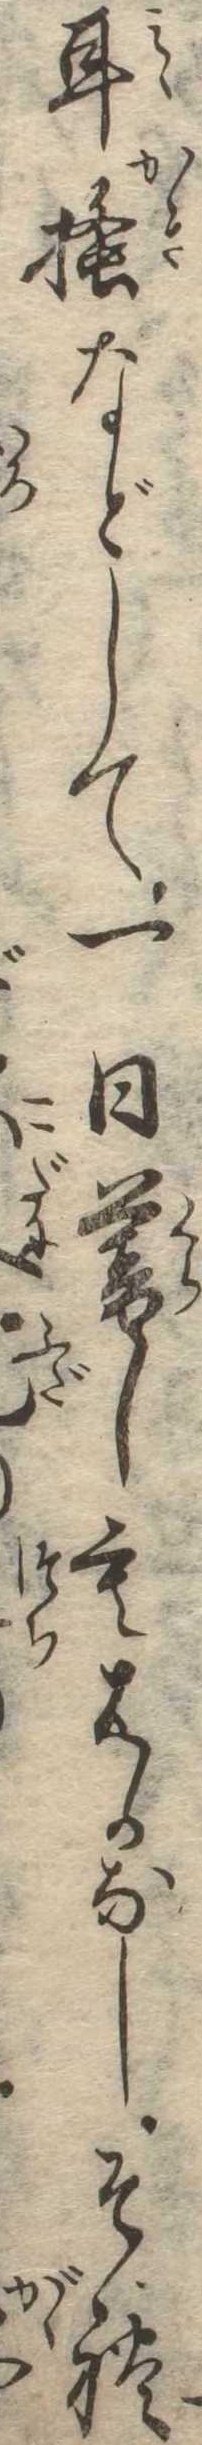
耳掻などして一日暮しもはかなしそれ